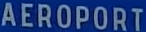
AEROPORT